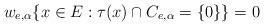
LaTeX: \begin{align*}w_{e,\alpha}\{x\in E: \tau(x)\cap C_{e,\alpha} =\{0\}\} =0\end{align*}